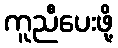
ကူညီပေးဖို့